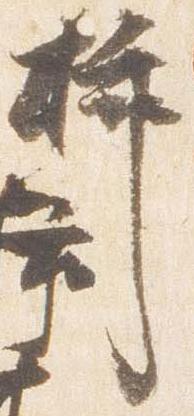
挿